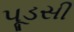
પૂડસી